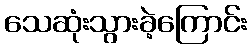
သေဆုံးသွားခဲ့ကြောင်း